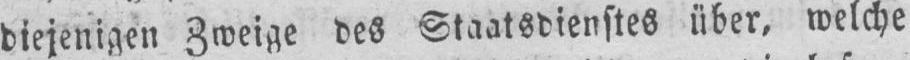
diejenigen Zweige des Staatsdienstes über, welche